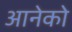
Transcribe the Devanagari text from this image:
आनेको